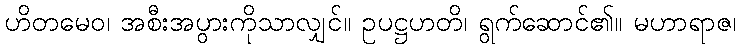
ဟိတမေဝ၊ အစီးအပွားကိုသာလျှင်။ ဥပဋ္ဌဟတိ၊ ရွက်ဆောင်၏။ မဟာရာဇ၊